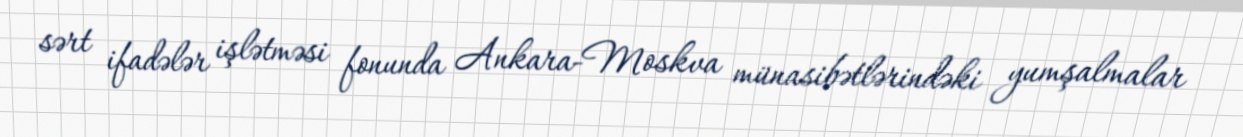
sərt ifadələr işlətməsi fonunda Ankara-Moskva münasibətlərindəki yumşalmalar